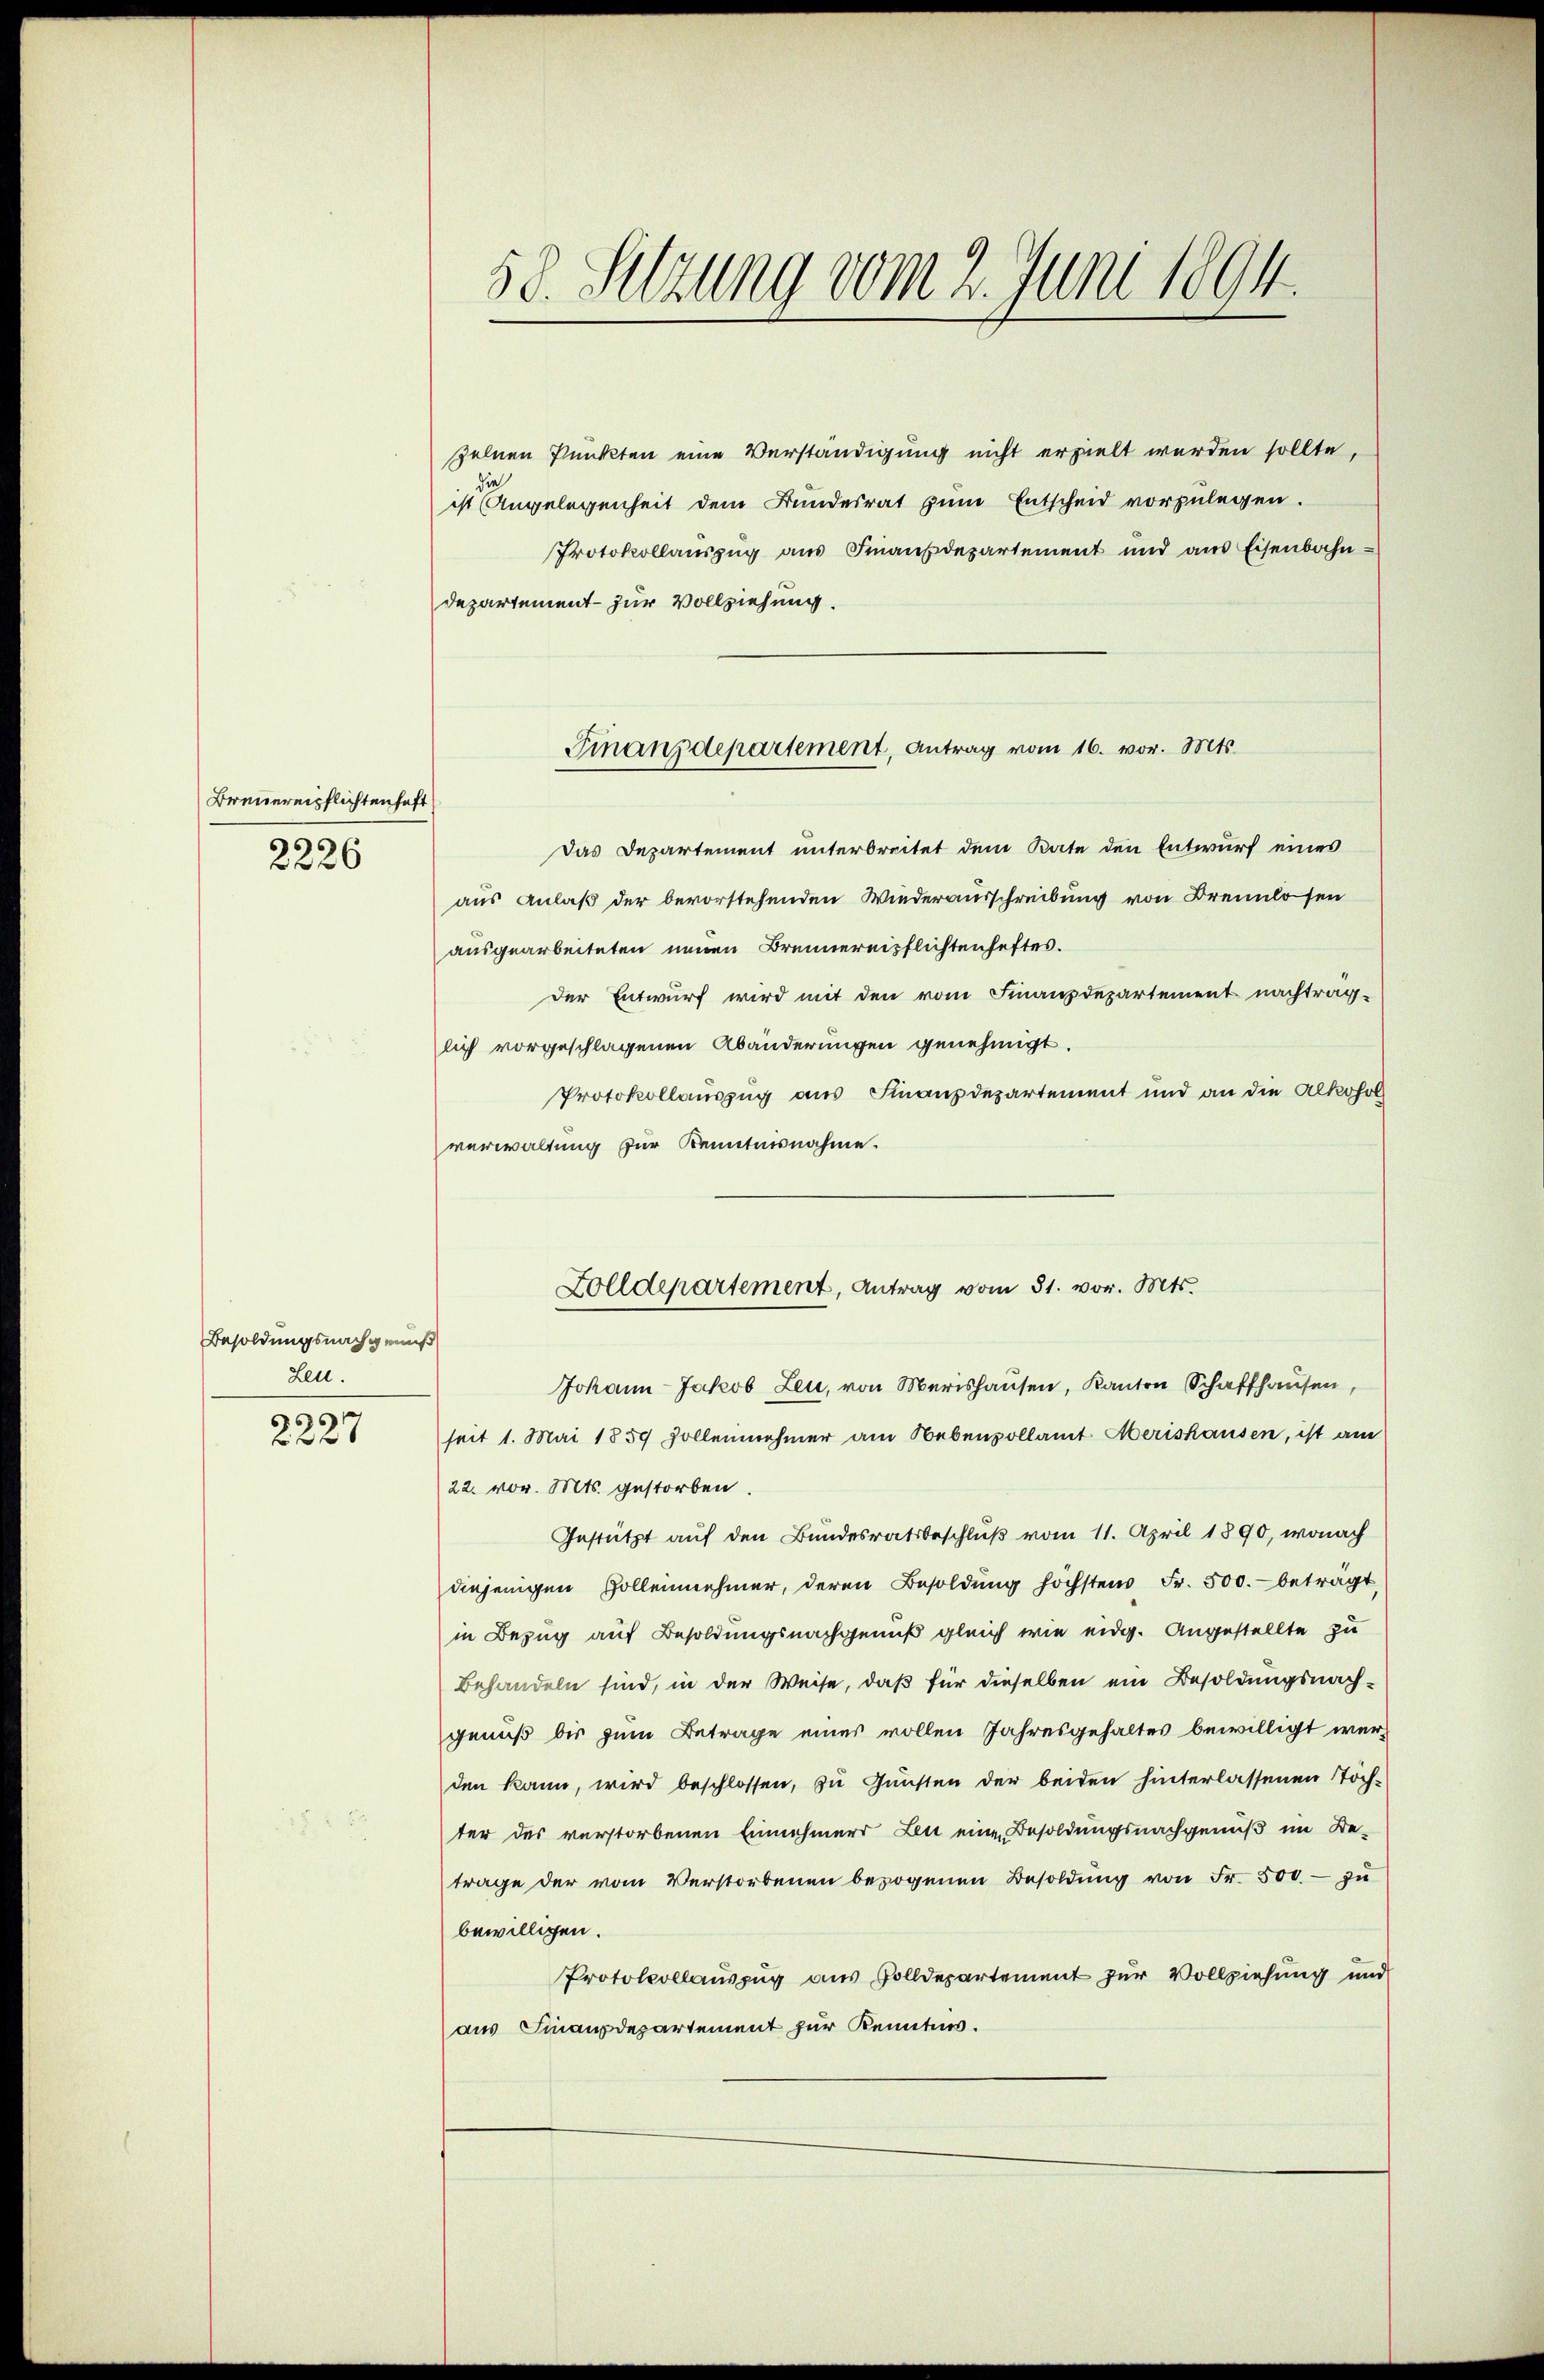
Brennereipflichtenhaft
.
2226

Besoldungsnachgenuß
Leu.
6
227

58. Setzung vom 2. Juni 1894.

spelnen Punkten eine Verständigung nicht erzielt werden sollte,
die
ist Angelegenheit dem Bundesrat zum Entscheid vorzulegen.
Protokollaŭszŭg aŭs Finanzdepartement und ans Eisenbahn-
departement zur Vollziehung.
das Departement unterbreitet dem Rate den Entwurf eines
aus Anlaß der bevorstehenden Wiederausschreibung von Brennlosen
ausgearbeiteten neuen Brennereiflichtenheftes.
der Entwurf wird mit den vom Finanzdepartement nachtrag-
lich vorgeschlagenen Abänderungen genehmigt.
Protokollauszug aus Finanzdepartement und an die Alkohol
verwaltung zur Kenntnisnahme.
Johann Jakob Leu, von Merishausen, Kanton Schaffhausen,
seit 1. Mai 1859 sollennehmer am Nebenvollamt Merishausen, ist am
22. vor. Mts. gestorben.
Gestützt auf den Bundesratsbeschluß vom 11. April 1890, wonach
diejenigen sollennehmer, deren Besoldung höchsten Fr. 500.- betragt,
in Bezug auf Besoldungsnachgenuß gleich wie eidg. Angestellte zu
Behandeln sind, in der Weise, daß für dieselben ein Besoldungsnachgenuß bis zum Betrage eines vollen Jahresgehaltes bewilligt werden kann, wird beschlossen, zu Gunsten der beiden hinterlassenen Tochter des verstorbenen Einnehmers Leu eine Besoldungsnachgenuß im Betrage der vom Verstorbenen bezogenen Besoldŭng von Fr. 500.- zŭ
bewilligen.
Protokollauszug aus Volldepartement zur Vollziehung und
aus Finanzdepartement für Kenntnis.

Finanzdepartement, Antrag vom 16. vor. Mts.

Zolldepartement, Antrag vom 31. vor. Mts.